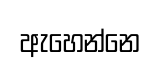
ඇහෙන්නෙ